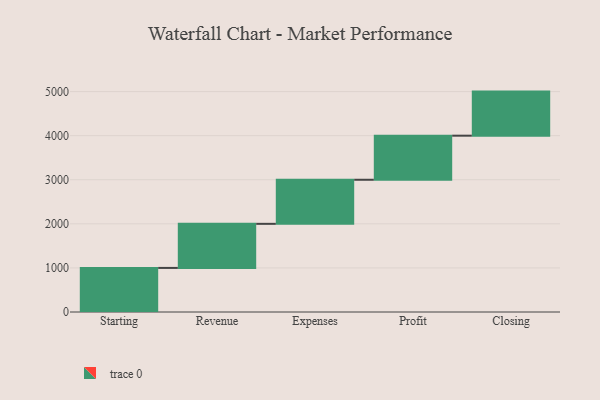
{"axis": {"x": "Step", "y": "Value"}, "legend": [""], "data": [{"x": "Starting", "y": 1000, "type": ""}, {"x": "Revenue", "y": 1000, "type": ""}, {"x": "Expenses", "y": 1000, "type": ""}, {"x": "Profit", "y": 1000, "type": ""}, {"x": "Closing", "y": 1000, "type": ""}]}